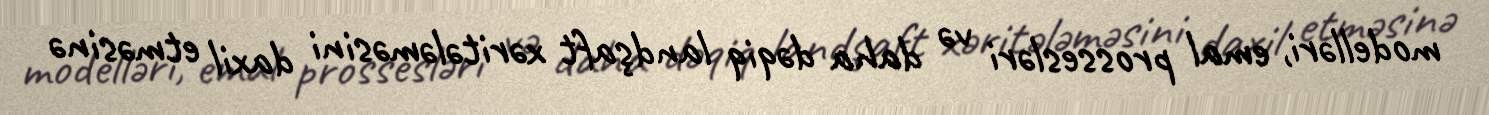
modelləri, emal prossesləri və daha dəqiq landşaft xəritələməsini daxil etməsinə